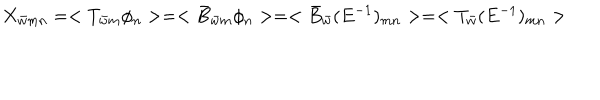
X _ { \bar { w } m n } = < T _ { \bar { w } m } \phi _ { n } > = < \bar { B } _ { \bar { w } m } \phi _ { n } > = < \bar { B } _ { \bar { w } } ( E ^ { - 1 } ) _ { m n } > = < T _ { \bar { w } } ( E ^ { - 1 } ) _ { m n } >